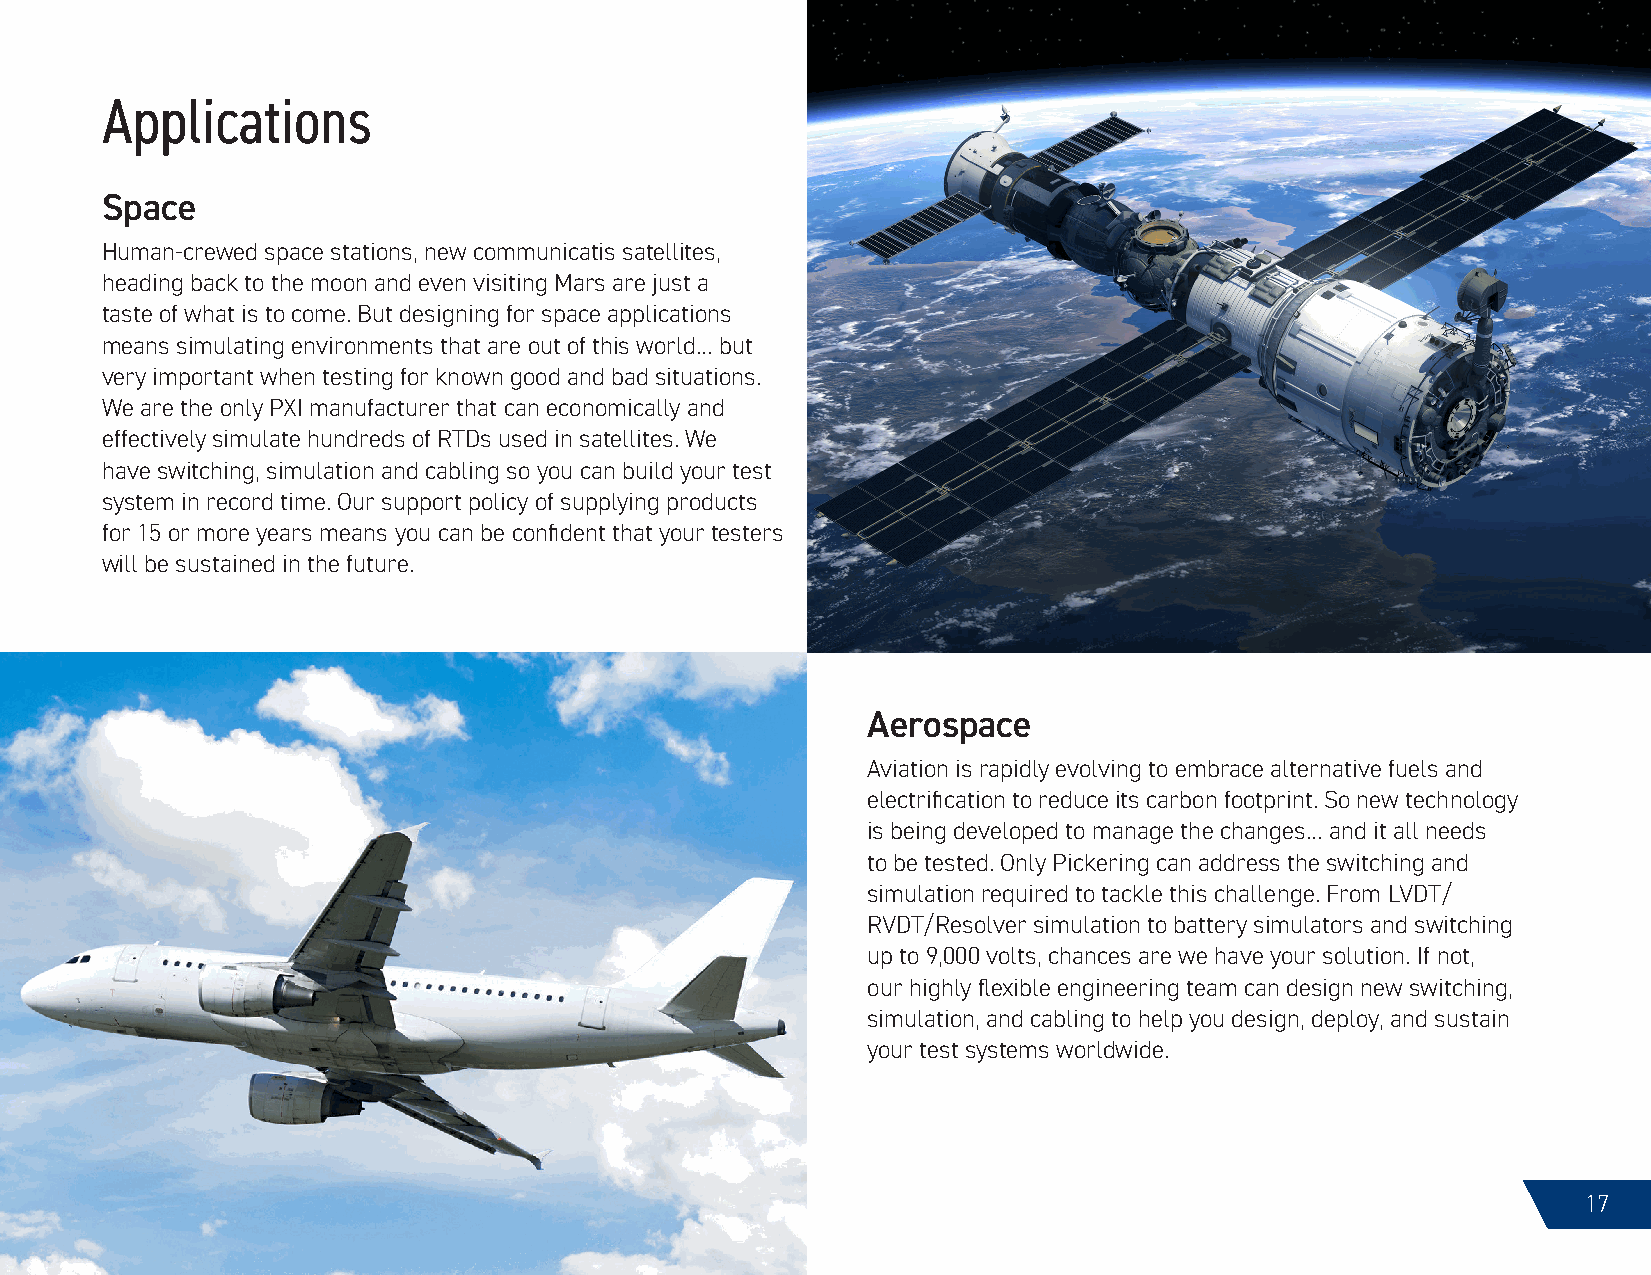
Applications
 Space
 Human-crewed space stations, new communicatis satellites,
 heading back to the moon and even visiting Mars are just a
 taste of what is to come. But designing for space applications
 means simulating environments that are out of this world… but
 very important when testing for known good and bad situations.
 We are the only PXI manufacturer that can economically and
 effectively simulate hundreds of RTDs used in satellites. We
 have switching, simulation and cabling so you can build your test
 system in record time. Our support policy of supplying products
 for 15 or more years means you can be confident that your testers
 will be sustained in the future.
 Aerospace
 Aviation is rapidly evolving to embrace alternative fuels and
 electrification to reduce its carbon footprint. So new technology
 is being developed to manage the changes… and it all needs
 to be tested. Only Pickering can address the switching and
 simulation required to tackle this challenge. From LVDT/
 RVDT/Resolver simulation to battery simulators and switching
 up to 9,000 volts, chances are we have your solution. If not,
 our highly flexible engineering team can design new switching,
 simulation, and cabling to help you design, deploy, and sustain
 your test systems worldwide.
 17